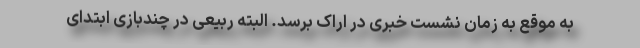
به موقع به زمان نشست خبری در اراک برسد. البته ربیعی در چندبازی ابتدای